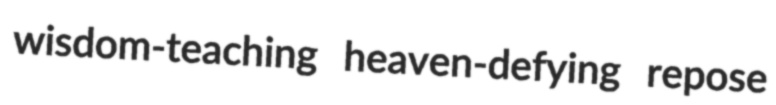
wisdom-teaching heaven-defying repose